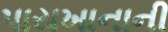
પાયખાનાની